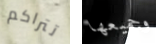
تتراكم وجميعها